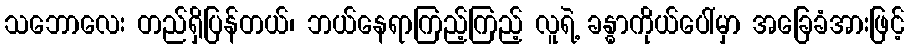
သဘောလေး တည်ရှိပြန်တယ်၊ ဘယ်နေရာကြည့်ကြည့် လူရဲ့ ခန္ဓာကိုယ်ပေါ်မှာ အခြေခံအားဖြင့်